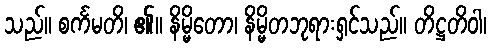
သည်။ စင်္ကမတိ၊ ၏။ နိမ္မိတော၊ နိမ္မိတဘုရားရှင်သည်။ တိဋ္ဌတိဝါ၊